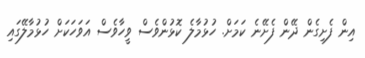
އިން ފެށިގެން ދޭން ފެށޭނެ ކަމަށް. ހުޅުމާލެ ކޮޅުންވެސް ވީހާވެސް އަވަހަކަށް ހުޅުމާލޭގައި